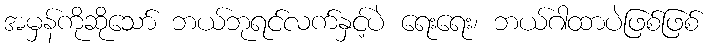
အမှန်ကိုဆိုသော် ဘယ်ဘုရင်လက်နှင့်ပဲ ရေးရေး၊ ဘယ်ဂါထာပဲဖြစ်ဖြစ်